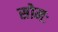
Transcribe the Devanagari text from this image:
सोमः